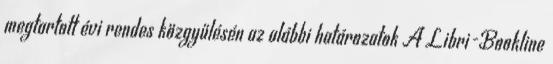
megtartott évi rendes közgyűlésén az alábbi határozatok A Libri-Bookline